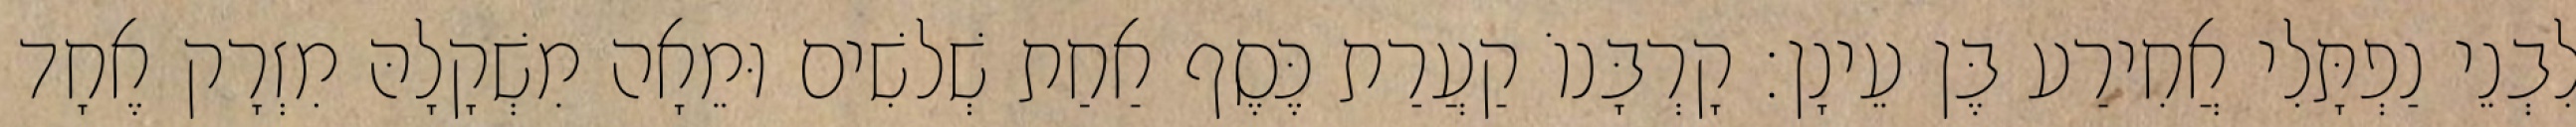
לִבְנֵי נַפְתָּלִי אֲחִירַע בֶּן עֵינָן׃ קָרְבָּנוֹ קַעֲרַת כֶּסֶף אַחַת שְׁלשִׁים וּמֵאָה מִשְׁקָלָהּ מִזְרָק אֶחָד